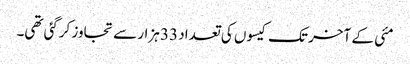
مئی کے آخر تک کیسوں کی تعداد 33 ہزار سے تجاوز کرگئی تھی۔